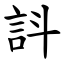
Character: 䚵